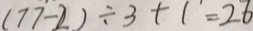
( 7 7 - 2 ) \div 3 + 1 = 2 6